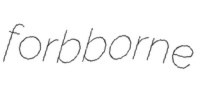
forbborne